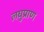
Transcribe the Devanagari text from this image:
लघुप्राण